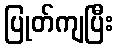
ပြုတ်ကျပြီး